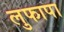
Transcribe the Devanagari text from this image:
लुफापा